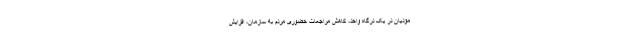
مؤدیان در یک درگاه واحد، کاهش مراجعات حضوری مردم به سازمان، افزایش